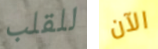
للقلب الآن